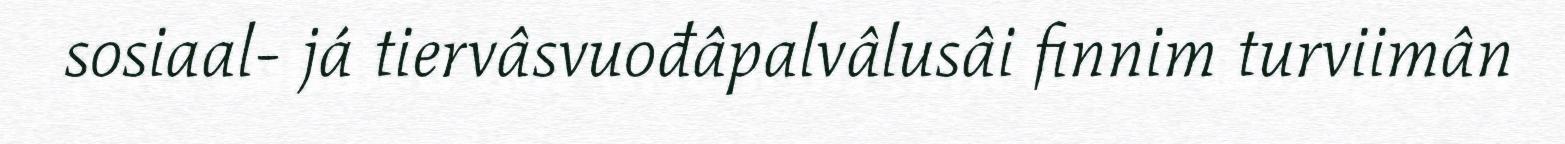
sosiaal- já tiervâsvuođâpalvâlusâi finnim turviimân